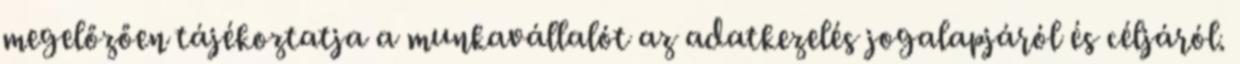
megelőzően tájékoztatja a munkavállalót az adatkezelés jogalapjáról és céljáról.